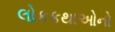
લોકકથાઓનો